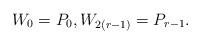
LaTeX: \begin{align*}W_0 = P_0, W_{2(r-1)} = P_{r-1}. \end{align*}